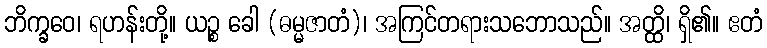
ဘိက္ခဝေ၊ ရဟန်းတို့။ ယဉ္စ ခေါ (ဓမ္မဇာတံ)၊ အကြင်တရားသဘောသည်။ အတ္ထိ၊ ရှိ၏။ ဧတံ